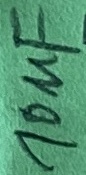
Text: 10µF